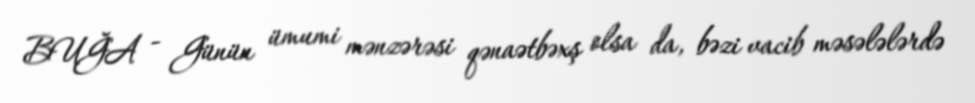
BUĞA - Günün ümumi mənzərəsi qənaətbəxş olsa da, bəzi vacib məsələlərdə